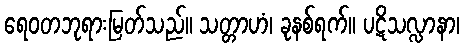
ရေဝတဘုရားမြတ်သည်။ သတ္တာဟံ၊ ခုနစ်ရက်။ ပဋိသလ္လာနာ၊